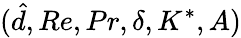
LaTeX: (\hat{d},Re,Pr,\delta,K^{*},A)